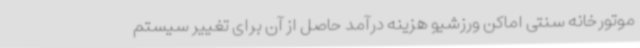
موتورخانه سنتی اماکن ورزشیو هزینه درآمد حاصل از آن برای تغییر سیستم